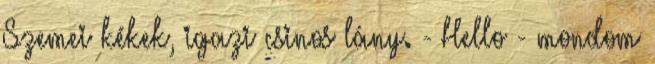
Szemei kékek, igazi csinos lány. - Hello - mondom